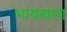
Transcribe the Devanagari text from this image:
भायखला